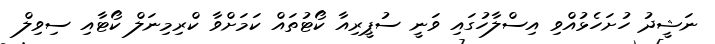
ނަޝީދު ހުށަހެޅުއްވި އިސްލާހުގައި ވަނީ ސުޕީރިއާ ކޯޓުތައް ކަމަށްވާ ކްރިމިނަލް ކޯޓާއި ސިވިލް